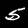
Digit: 5